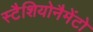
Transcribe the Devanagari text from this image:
स्टैशियोनैमेंटो